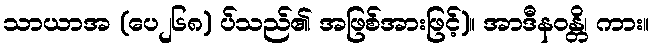
သာယာအ (ပေ၂၆၈) ပ်သည်၏ အဖြစ်အားဖြင့်)။ အာဒီနဝန္တိ၊ ကား။